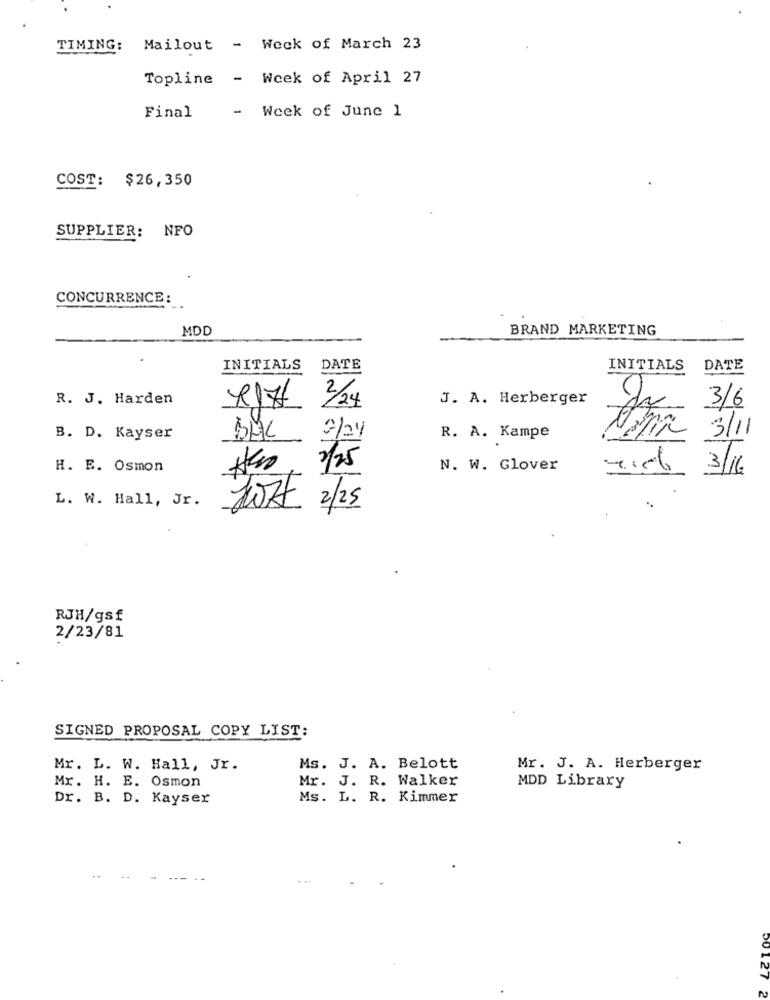
TIMING:
Mailout - Weck of March 23
Topline - Week of April 27
Final
- Week of June 1
COST: $26,350
SUPPLIER: NFO
CONCURRENCE:
MDD
BRAND MARKETING
INITIALS
DATE
INITIALS
DATE
R. J. Harden
2/24
J. A. Herberger
3/6
B. D. Kayser
7/24
R. A. Kampe
3/11
H. E. Osmon
2/25
N. W. Glover
3/16
L. W. Hall, Jr.
107 2/25
RJH/gsf
2/23/81
SIGNED PROPOSAL COPY LIST:
Mr. L. W. Hall, Jr.
Ms. J. A. Belott
Mr. J. A. Herberger
Mr. J. R. Walker
Mr. H. E. Osmon
MDD Library
Dr. B. D. Kayser
Ms. L. R. Kimmer